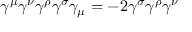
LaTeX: \gamma ^ { \mu } \gamma ^ { \nu } \gamma ^ { \rho } \gamma ^ { \sigma } \gamma _ { \mu } = - 2 \gamma ^ { \sigma } \gamma ^ { \rho } \gamma ^ { \nu }